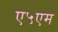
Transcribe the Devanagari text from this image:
ए५एम